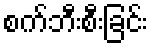
စက်ဘီးစီးခြင်း